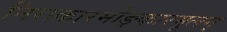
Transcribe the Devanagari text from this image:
निराकारमोङ्कारमूलम्